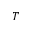
T